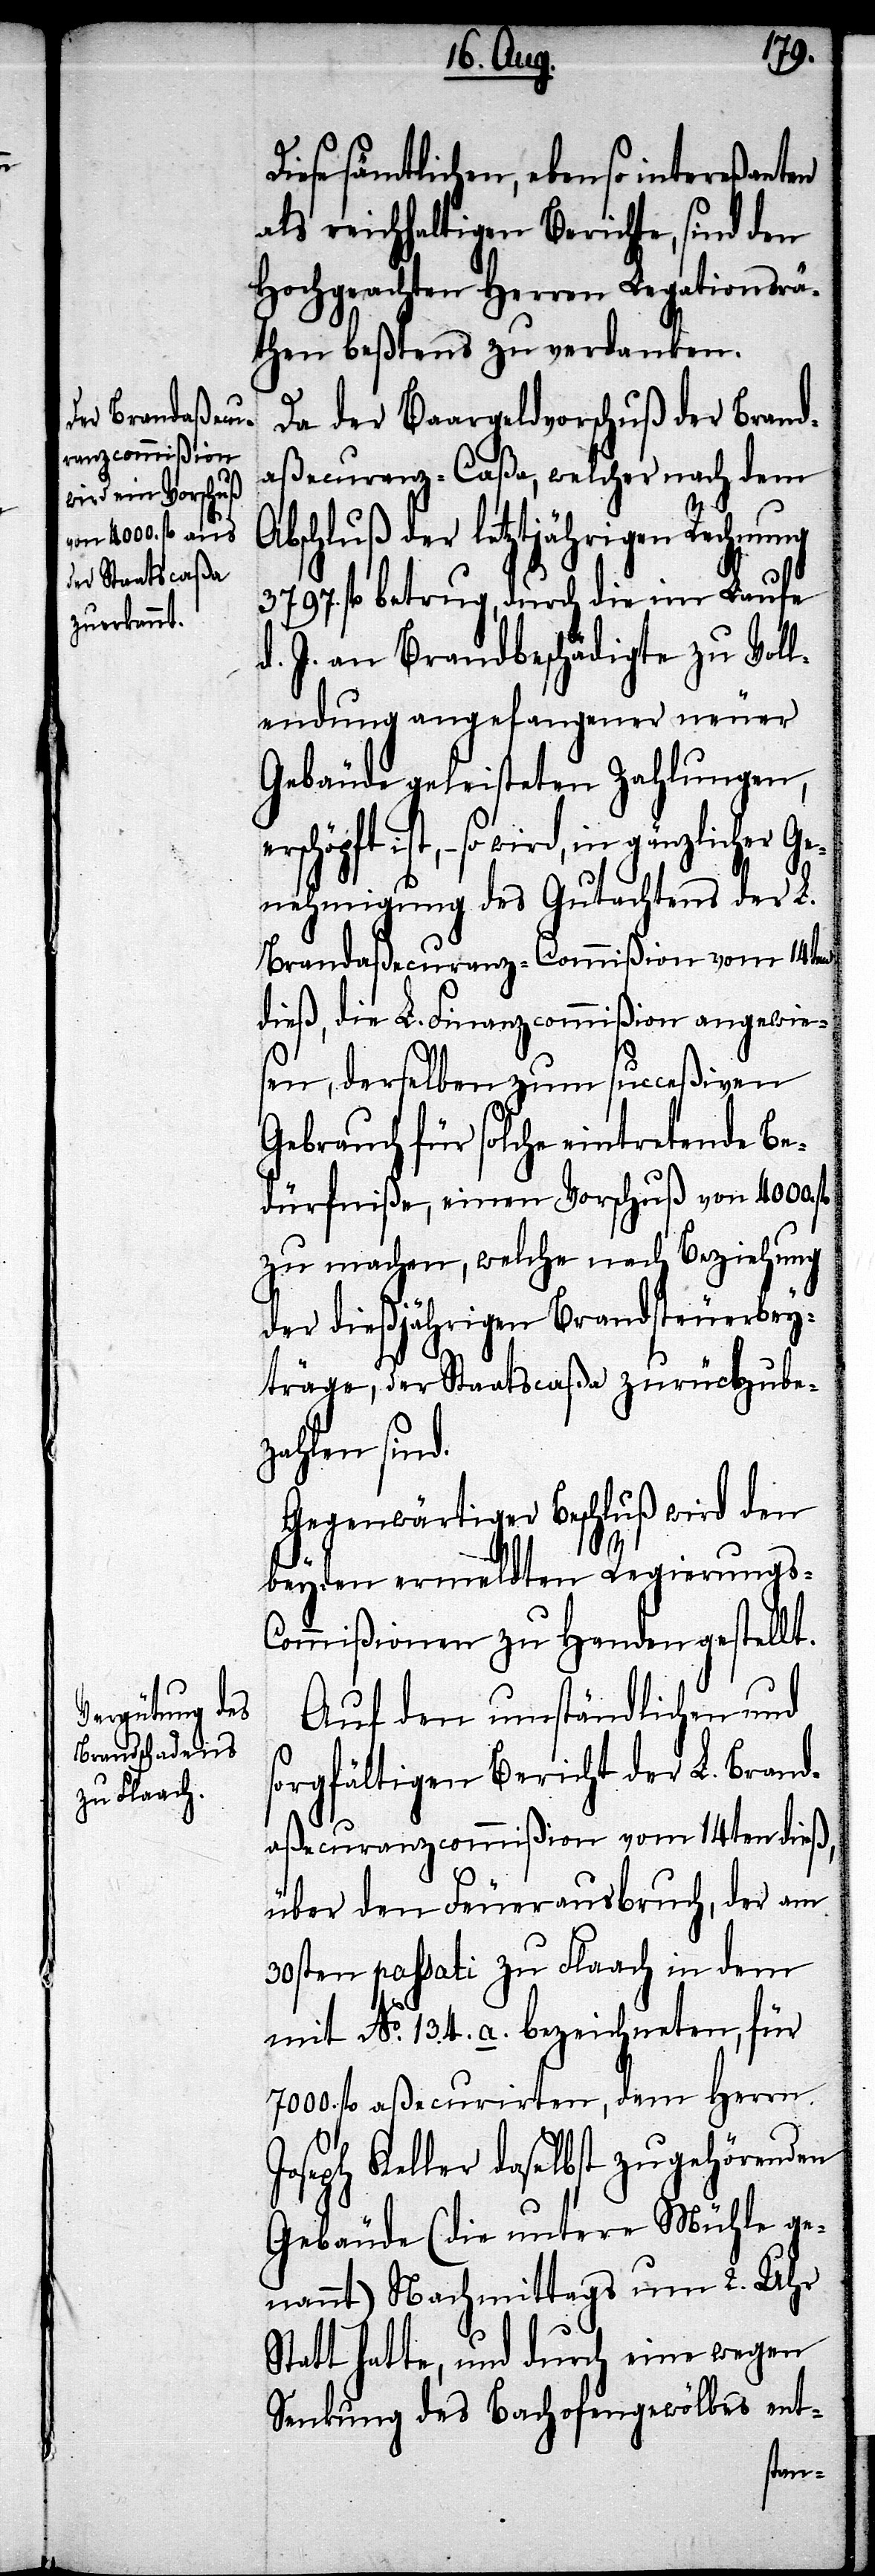
Diese sämtlichen, ebenso intereßanten
als reichhaltigen Berichte, sind den
Hochgeachten Herren Legationsrä¬
then beßtens zu verdanken.